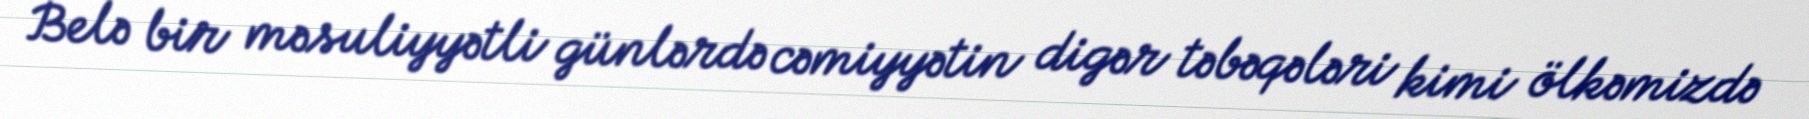
Belə bir məsuliyyətli günlərdə cəmiyyətin digər təbəqələri kimi ölkəmizdə